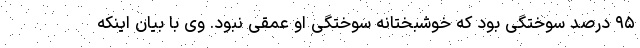
۹۵ درصد سوختگی بود که خوشبختانه سوختگی او عمقی نبود. وی با بیان اینکه